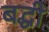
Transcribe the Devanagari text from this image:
बद्धी